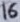
Text: 16